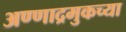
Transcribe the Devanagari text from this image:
अण्णाद्रमुकच्या